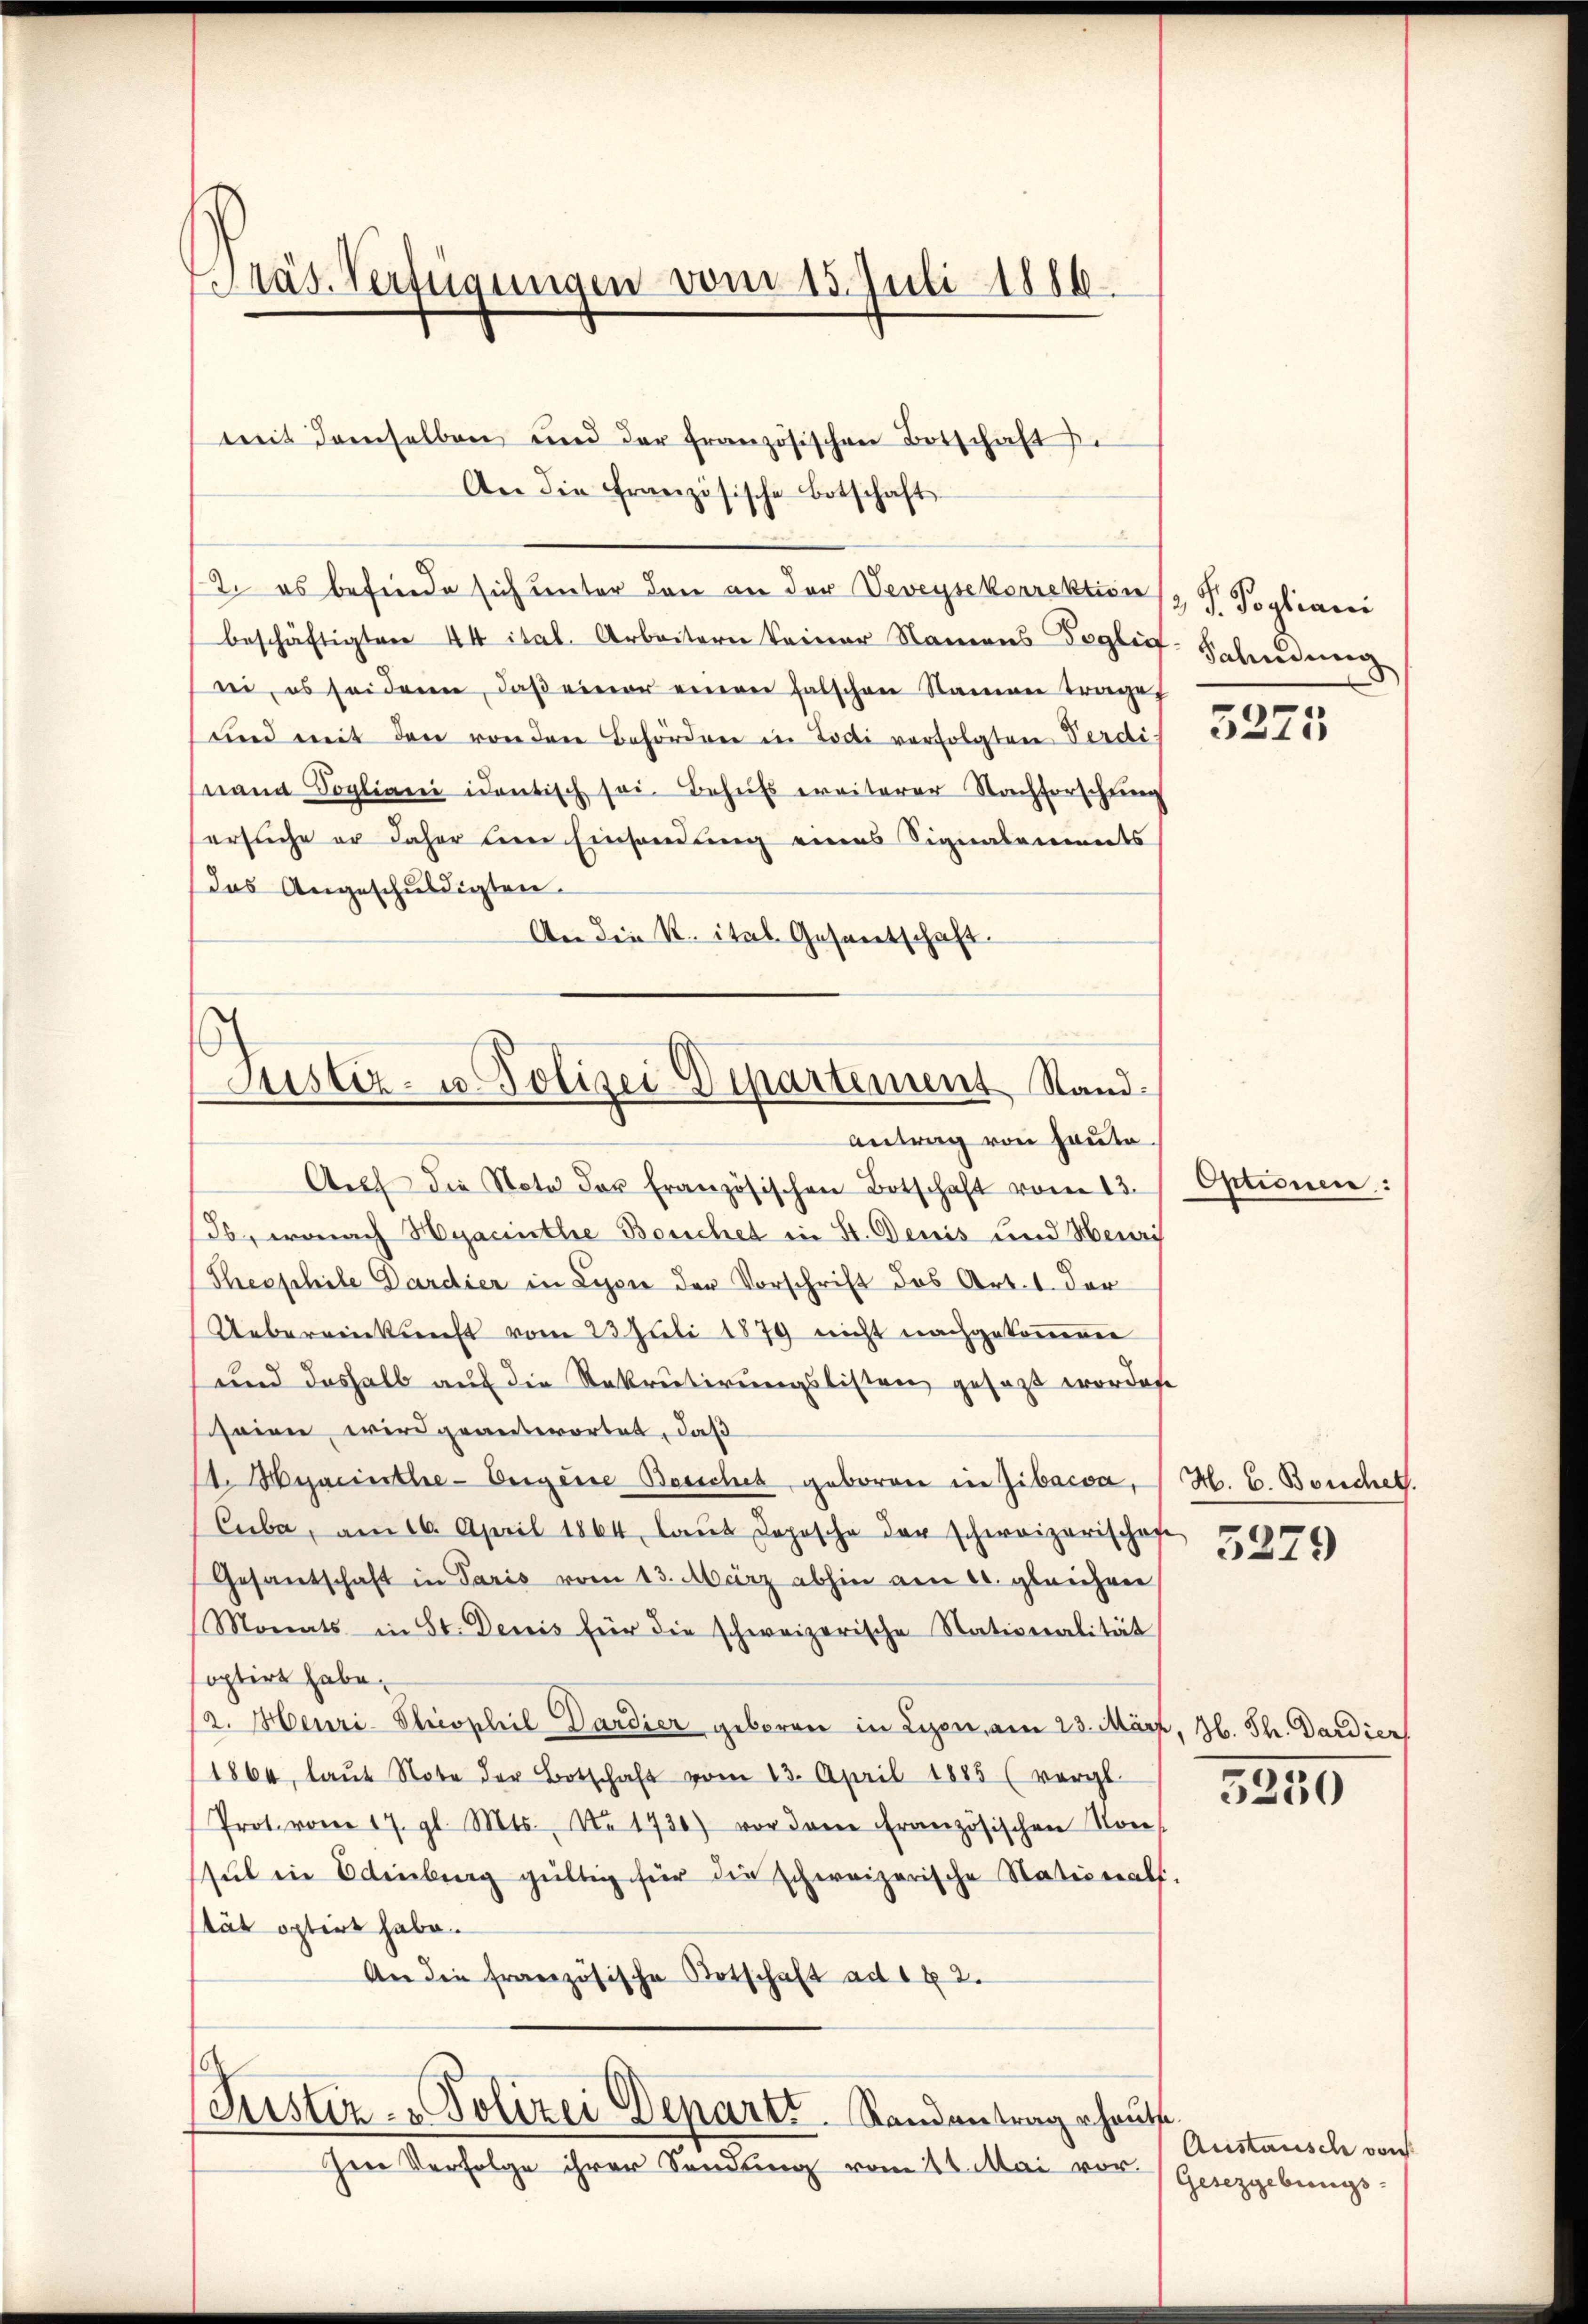
Pras Verfügungen vom 15. Juli 1886.

mit demselben und der französischen Botschaft se
An die Französische Botschaft
2. es befinde sich unter den an der Veveysekorrektion
beschäftigten 44 ital. Arbeitern keiner Namens Foglie-
bei, es sei denn, daß einer einen falschen Namen trage
und mit den von den Behördenen in Todi verfolgten Verdi
nand Sogliani identisch sei. Behufs weiterer Nachforschung
ersuche er daher der Einsendung eines Signalements
das Angeschuldigten.
An die K. ital. Gesantschaft.
Aŭf die Note der Französischen Botschaft vom 13.
36, wonach Hyacinthe Bouchet in St. Denis und Meuri
Theophile Pardier in Lyon der Vorschrift des Art. 1 der
Uebereinkunft vom 23. Juli 1879 nicht nachgekommenen
und deshalb auf die Rekrutirungslisten gesezt wordete
scheien wird geantwortet, daß
t. Hyaciisthe-Vergerre Bosschet, geboren in Zibacca,
Cuba, am 16. April 1864, laŭt Jopische der schweizerischofe
Gesandschaft in Paris vom 13. März abhin am 10. gleichen
(Monats in St. Denis für die schweizerische Nationalität
optirt habe.
2. Henri Theophil Dardier geboren in Lizen, am 23. März, Jb. Th. Dardier
1864, laŭt Note der Botschaft vom 23. April 1885 (vergl.
Prot. vom 17. gl. Mts., N. 1730) vor dem französischen Von
sul in Edinburg gültig für die schweizerische Nationals,
stät optirt habe.
An die französische Botschaft ad 182.

.
Justiz- u. Polizei Departement Stand-
Antrag von Hauto.

(Justiz- & Polizei Departs. Randantrag erhaus

Ien Verfolge ihrer Sendung vom 11. Mai vor.

S. Pogliani
Fahndung

3273

Optionen:

H. C. Bosschet.
3279

5250

Austausch von
Gesezgebungs-